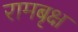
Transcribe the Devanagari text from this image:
रामबृक्ष